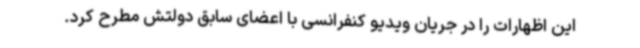
این اظهارات را در جریان ویدیو کنفرانسی با اعضای سابق دولتش مطرح کرد.